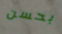
بحسن